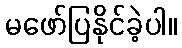
မဖော်ပြနိုင်ခဲ့ပါ။